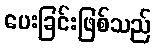
ပေးခြင်းဖြစ်သည်